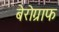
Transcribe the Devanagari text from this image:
बेरोग्राफ